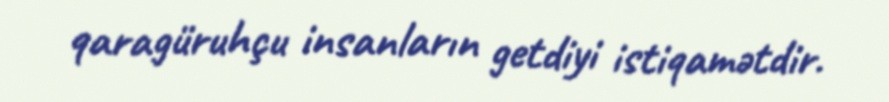
qaragüruhçu insanların getdiyi istiqamətdir.